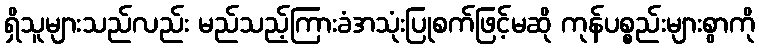
ရှိသူများသည်လည်း မည်သည့်ကြားခံအသုံးပြုစက်ဖြင့်မဆို ကုန်ပစ္စည်းများစွာကို